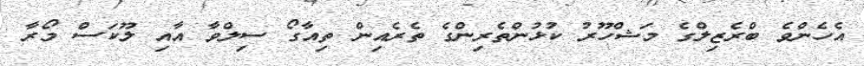
އެހެންވެ ބްރެޒިލްގެ މަޝްހޫރު ކުޅުންތެރިންގެ ތެރެއިން ތިއާގޯ ސިލްވާ އާއި ލޫކަސް މޯރާ